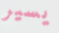
يسير